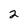
Character: 2